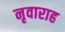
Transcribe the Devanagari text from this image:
नृवाराह